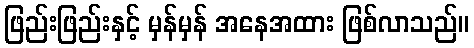
ဖြည်းဖြည်းနှင့် မှန်မှန် အနေအထား ဖြစ်လာသည်။